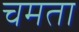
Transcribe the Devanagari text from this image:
चमता